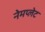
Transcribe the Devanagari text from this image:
नेमप्‍लेट